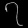
Digit: ၇